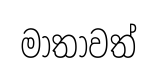
මාතාවත්